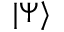
| \Psi \rangle